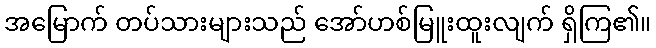
အမြောက် တပ်သားများသည် အော်ဟစ်မြူးထူးလျက် ရှိကြ၏။